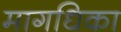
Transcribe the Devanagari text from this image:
मागधिका